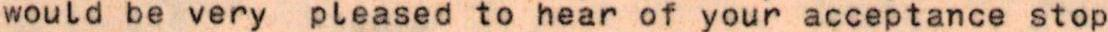
would be very pleased to hear of your acceptance stop